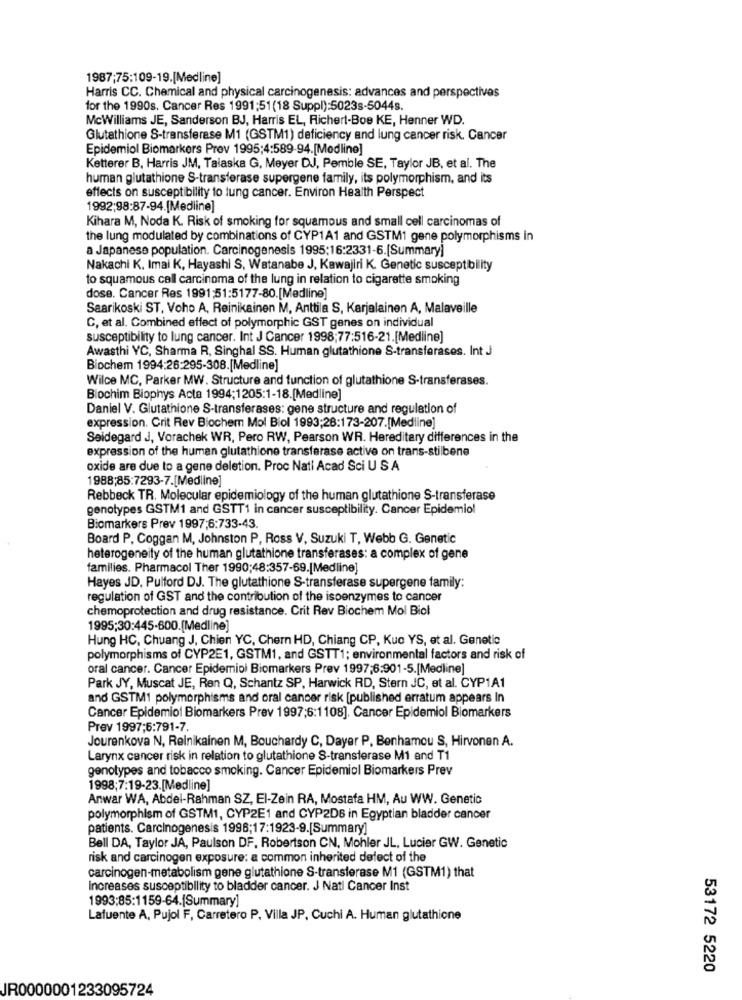
1987;75:109-19.[Medline]
Harris CC. Chemical and physical carcinogenesis: advances and perspectives
for the 1990s. Cancer Res 1991;51 (18 Suppl):5023s-5044s.
McWilliams JE, Sanderson BJ, Harris EL, Richert-Boe KE, Henner WD.
Glutathione S-transferase M1 (GSTM1) deficiency and lung cancer risk. Cancer
Epidemiol Biomarkers Prov 1995;4:589-94.[Medline]
Ketterer B, Harris JM, Talaska G, Meyer DJ, Pemble SE, Taylor JB, et al. The
human glutathione S-transferase supergene family, its polymorphism, and its
effects on susceptibility to lung cancer. Environ Health Perspect
1992;98:87-94.[Medline]
Kihara M, Noda K. Risk of smoking for squamous and small cell carcinomas of
the lung modulated by combinations of CYP1A1 and GSTM1 gene polymorphisms in
a Japanese population. Carcinogenesis 1995:16:2331-6.[Summary)
Nakachi K. Imai K, Hayashi S, Watanabe J, Kawajiri K. Genetic susceptibility
to squamous cell carcinoma of the lung in relation to cigarette smoking
dose. Cancer Res 1991:51:5177-80.[Medline]
Saarikoski ST, Voho A, Reinikainen M, Anttila S, Karjalainen A, Malaveille
C, et al. Combined effect of polymorphic GST genes on individual
susceptibility to lung cancer. Int J Cancer 1998;77:516-21.[Medline]
Awasthi YC, Sharma R, Singhal SS. Human glutathione S-transferases. Int J
Biochem 1994:26:295-308. [Medline]
Wilce MC, Parker MW. Structure and function of glutathione S-transferases.
Biochim Biophys Acta 1994;1205:1-18.[Medline]
Daniel V. Glutathione S-transferases: gene structure and regulation of
expression. Crit Rev Biochem Mol Biol 1993;28:173-207.[Medline]
Seidegard J, Vorachek WR, Pero RW, Pearson WR. Hereditary differences in the
expression of the human glutathione transferase active on trans-stilbene
oxide are due to a gene deletion. Proc Nati Acad Sci U S A
1988;85:7293-7.[Medline]
Rebbeck TR. Molecular epidemiology of the human glutathione S-transferase
genotypes GSTM1 and GSTT1 in cancer susceptibility. Cancer Epidemiol
Biomarkers Prev 1997;6:733-43.
Board P, Coggan M, Johnston P, Ross V, Suzuki T, Webb G. Genetic
heterogeneity of the human glutathione transferases: a complex of gene
families. Pharmacol Ther 1990;48:357-69.[Medline]
Hayes JD, Pulford DJ. The glutathione S-transferase supergene family:
regulation of GST and the contribution of the isoenzymes to cancer
chemoprotection and drug resistance. Crit Rev Biochem Mol Biol
1995:30:445-600.(Medline]
Hung HC, Chuang J, Chien YC, Chern HD, Chiang CP, Kuc YS, et al. Genetic
polymorphisms of CYP2E1, GSTM1, and GSTT1; environmental factors and risk of
oral cancer. Cancer Epidemiol Biomarkers Prev 1997;6:901-5.[Medline]
Park JY, Muscat JE, Ren Q, Schantz SP, Harwick RD, Stern JC, et al. CYP1A1
and GSTM1 polymorphisms and oral cancer risk [published erratum appears In
Cancer Epidemiol Biomarkers Prev 1997;6:1108]. Cancer Epidemiol Biomarkers
Prev 1997;6:791-7.
Jourenkova N, Relnikainen M, Bouchardy C, Dayer P. Benhamou S, Hirvonen A.
Larynx cancer risk in relation to glutathione S-transferase M1 and T1
genotypes and tobacco smoking. Cancer Epidemiol Biomarkers Prev
1998;7:19-23.[Medline]
Anwar WA, Abdel-Rahman SZ, El-Zein RA, Mostafa HM, Au WW. Genetic
polymorphism of GSTM1, CYP2E1 and CYP2DB in Egyptian bladder cancer
patients. Carcinogenesis 1996;17:1923-9.[Summary]
Bell DA, Taylor JA, Paulson DF. Robertson CN, Mohler JL, Lucier GW. Genetic
risk and carcinogen exposure: a common inherited delect of the
carcinogen-metabolism gene glutathione S-transferase M1 (GSTM1) that
Increases susceptibility to bladder cancer. J Nati Cancer Inst
1993;85:1159-64.(Summary]
Lafuente A, Pujol F, Carretero P. Villa JP, Cuchi A. Human glutathione
53172 5220
JR0000001233095724